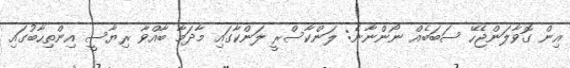
އިން ގޮވާލަންޖެހޭ ސަބަބެއް ނޯންނާނެ: ލަންކާސްރީ ލަންކާގައި މާދަމާ ބާއްވާ ރިޔާސީ އިންތިހާބުގައި